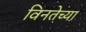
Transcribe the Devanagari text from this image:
विनतेच्या